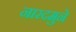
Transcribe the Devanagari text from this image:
नारदमुने